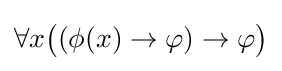
\forall x{\big (}(\phi (x)\to \varphi )\to \varphi {\big )}